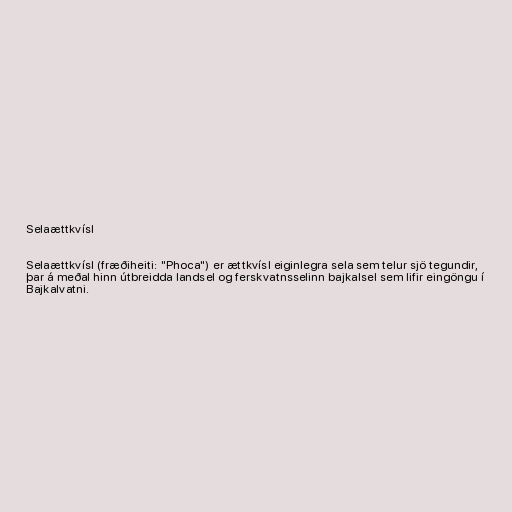
Selaættkvísl

Selaættkvísl (fræðiheiti: "Phoca") er ættkvísl eiginlegra sela sem telur sjö tegundir,
þar á meðal hinn útbreidda landsel og ferskvatnsselinn bajkalsel sem lifir eingöngu í
Bajkalvatni.